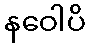
နဝေါပိ